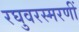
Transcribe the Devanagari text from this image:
रघुवरस्मरणीं